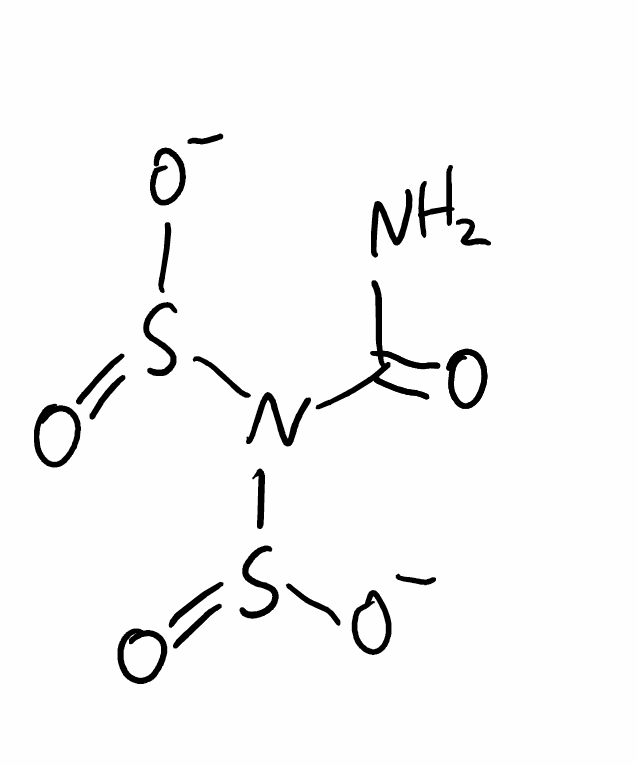
Simplified molecular-input line-entry system (SMILES) notation of the given molecule:
C(=O)(N)N(S(=O)[O-])S(=O)[O-]